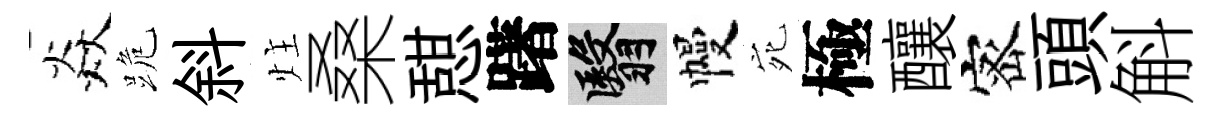
焱跪斜炷桑憇躇翳幔宛極釀宻頭斛